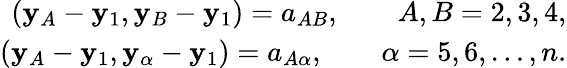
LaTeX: \begin{array}{r}{({\mathbf y}_{A}-{\mathbf y}_{1},{\mathbf y}_{B}-{\mathbf y}_{1})=a_{AB},\qquad A,B=2,3,4,}\\ {({\mathbf y}_{A}-{\mathbf y}_{1},{\mathbf y}_{\alpha}-{\mathbf y}_{1})=a_{A\alpha},\qquad\alpha=5,6,\ldots,n.}\end{array}